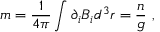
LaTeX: m = \frac { 1 } { 4 \pi } \int { \partial _ { i } B _ { i } d ^ { 3 } r } = \frac { n } { g } \ ,